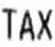
TAX